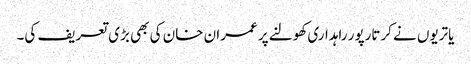
یاتریوں نے کرتارپور راہداری کھولنے پر عمران خان کی بھی بڑی تعریف کی۔